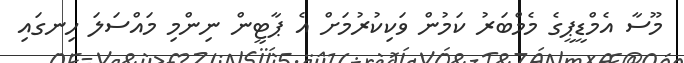
މޫސާ އެމްޑީޕީގެ މެމްބަރު ކަމުން ވަކިކުރުމަށް އެ ޕާޓީން ނިންމި މައްސަލަ ހިނގައި